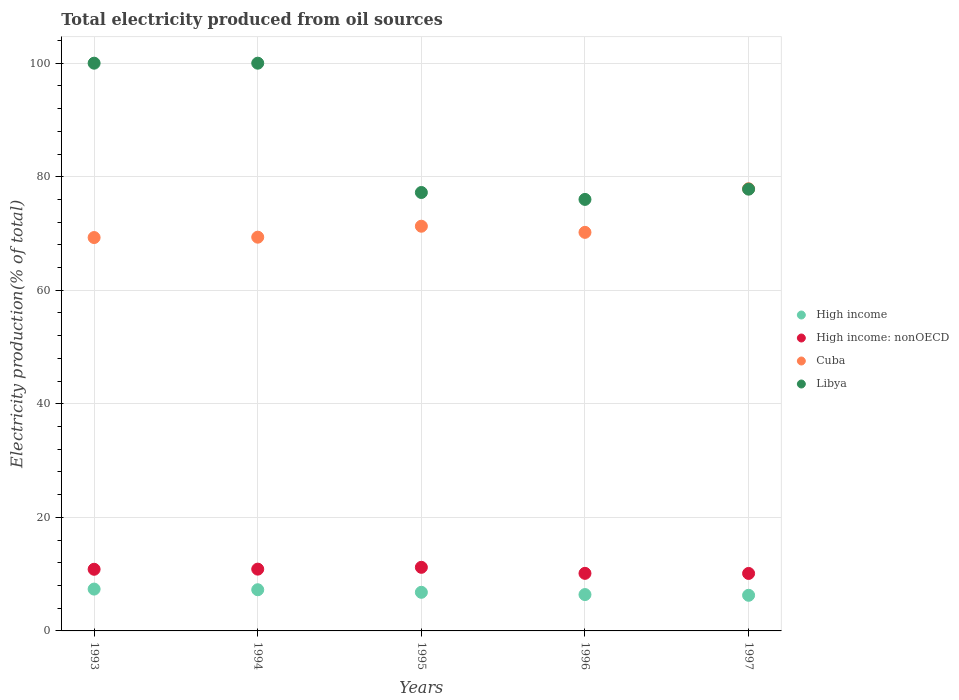
| Years | High income | High income: nonOECD | Cuba | Libya |
 | --- | --- | --- | --- | --- |
 | 1993 | 7.37 | 10.9 | 69.3 | 100 |
 | 1994 | 7.25 | 10.9 | 69.4 | 100 |
 | 1995 | 6.8 | 11.2 | 71.3 | 77.2 |
 | 1996 | 6.4 | 10.1 | 70.2 | 76 |
 | 1997 | 6.28 | 10.1 | 77.9 | 77.8 |